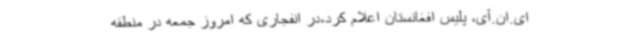
ای.ان.آی، پلیس افغانستان اعلام کرد،در انفجاری که امروز جمعه در منطقه